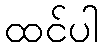
ထင်ပါ